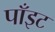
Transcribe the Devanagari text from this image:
पाँइट